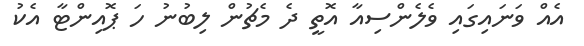
އެއް ވަނައިގައި ވެލެންސިއާ އޮތީ ދެ މެޗުން ލިބުނު ހަ ޕޮއިންޓާ އެކު